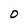
Character: 0